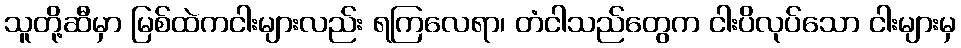
သူတို့ဆီမှာ မြစ်ထဲကငါးများလည်း ရကြလေရာ၊ တံငါသည်တွေက ငါးပိလုပ်သော ငါးများမှ